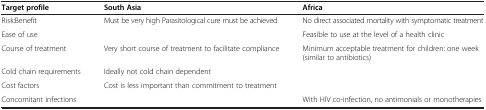
| Target profile | South Asia | Africa |
 | --- | --- | --- |
 | Risk:Benefit | Must be very high Parasitological cure must be achieved | No direct associated mortality with symptomatic treatment |
 | Ease of use |  | Feasible to use at the level of a health clinic |
 | Course of treatment | Very short course of treatment to facilitate compliance | Minimum acceptable treatment for children: one week (similar to antibiotics) |
 | Cold chain requirements | Ideally not cold chain dependent |  |
 | Cost factors | Cost is less important than commitment to treatment |  |
 | Concomitant infections |  | With HIV co-infection, no antimonials or monotherapies |